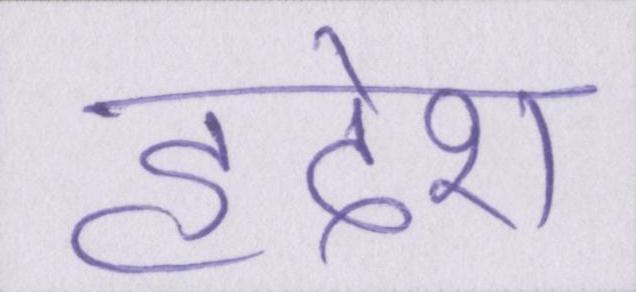
हृदेश